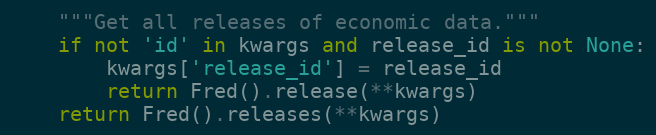
Language: Python
    """Get all releases of economic data."""
    if not 'id' in kwargs and release_id is not None:
        kwargs['release_id'] = release_id
        return Fred().release(**kwargs)
    return Fred().releases(**kwargs)